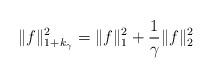
LaTeX: \begin{align*}\|f\|_{1+k_\gamma}^2=\|f\|_1^2+\frac{1}{\gamma}\|f\|_2^2\end{align*}